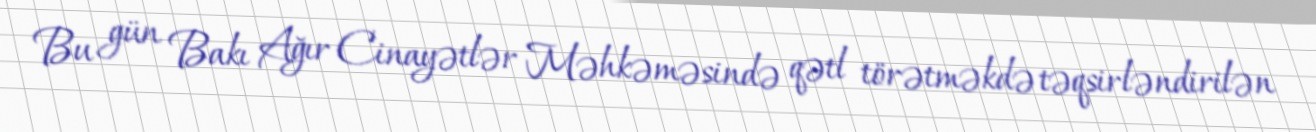
Bu gün Bakı Ağır Cinayətlər Məhkəməsində qətl törətməkdə təqsirləndirilən